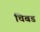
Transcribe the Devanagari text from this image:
चिबड